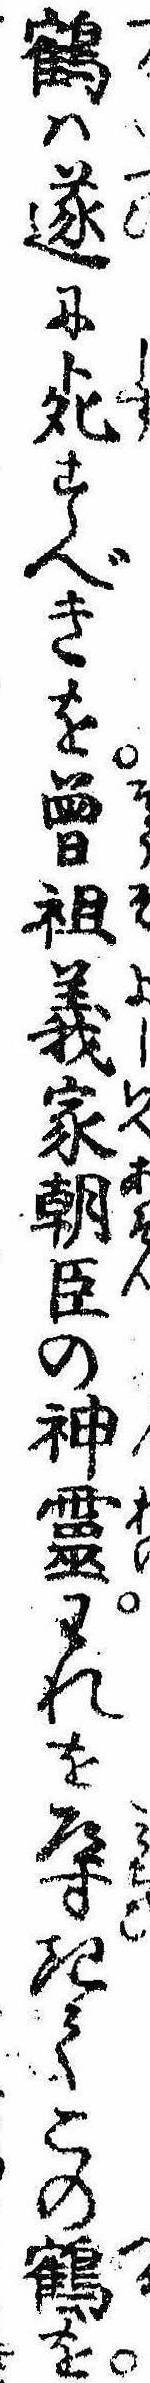
鶴は遂に死すべきを曽祖義家朝臣の神霊われを導きてこの鶴を